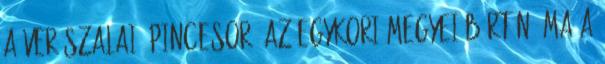
a Verőszalai- pincesor, az egykori megyei börtön, ma a